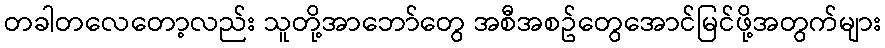
တခါတလေတော့လည်း သူတို့အာဘော်တွေ အစီအစဥ်တွေအောင်မြင်ဖို့အတွက်များ